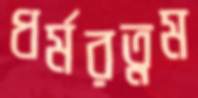
ধর্মরত্নম